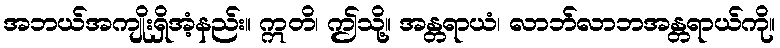
အဘယ်အကျိုးရှိအံ့နည်း။ ဣတိ၊ ဤသို့။ အန္တရာယံ၊ လာဘ်လာဘအန္တရာယ်ကို။